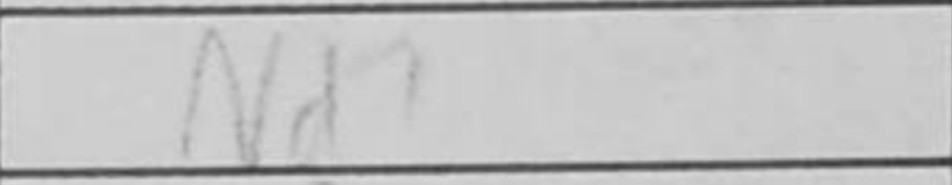
Transcription: Nd7